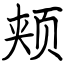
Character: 颊